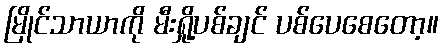
မြိုင်သာယာကို မီးရှို့ပစ်ချင် ပစ်ပေစေတော့။